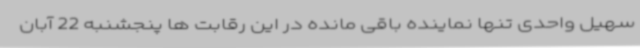
سهیل واحدی تنها نماینده باقی مانده در این رقابت ها پنجشنبه 22 آبان